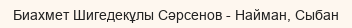
Биахмет Шигедекұлы Сәрсенов - Найман, Сыбан